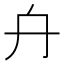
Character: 𠔾